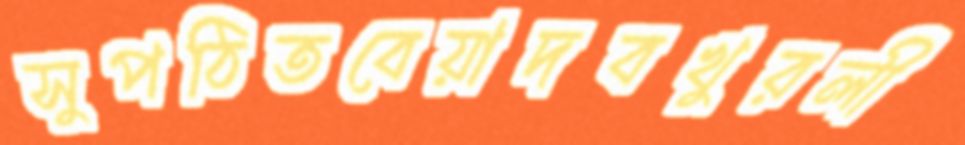
সুপঠিতবেয়াদবখুরলী